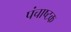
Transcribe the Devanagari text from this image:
पंचाष्टक